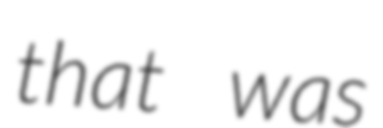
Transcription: that was